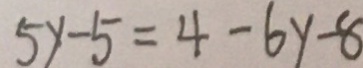
5 y - 5 = 4 - 6 y - 8